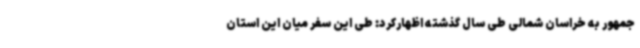
جمهور به خراسان شمالی طی سال گذشته اظهارکرد: طی این سفر میان این استان